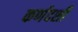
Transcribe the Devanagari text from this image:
कर्णदर्शी